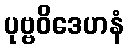
ပုဗ္ဗဝိဒေဟနံ